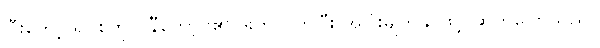
ပြီးတော့ ရပ်စ်ကိုလ်နီကော့ဗ်၏ ဒူးကို ပုတ်ပြီး အပြုံးမျက်နှာဖြင့် ဆက်ပြောသည်။